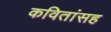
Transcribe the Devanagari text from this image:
कवितांसह